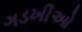
ગડખીઓ